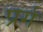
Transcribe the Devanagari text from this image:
प्रर्ग